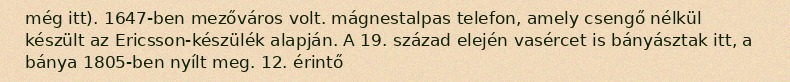
még itt). 1647-ben mezőváros volt. mágnestalpas telefon, amely csengő nélkül készült az Ericsson-készülék alapján. A 19. század elején vasércet is bányásztak itt, a bánya 1805-ben nyílt meg. 12. érintő